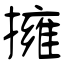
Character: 擁